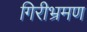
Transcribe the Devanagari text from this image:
गिरीभ्रमण